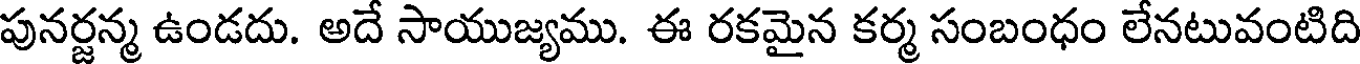
పునర్జన్మ ఉండదు. అదే సాయుజ్యము. ఈ రకమైన కర్మ సంబంధం లేనటువంటిది